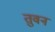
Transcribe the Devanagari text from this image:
तुवन